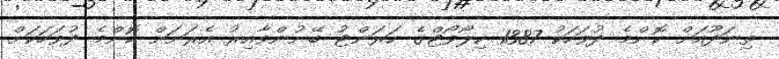
ތިނަދޫއަށް ކޮންމެ ދުވަހަކު 1387 ކިލޯވޯޓްގެ ކަރަންޓު ބޭނުންވާއިރު އެރަށަށް ކޮންމެ ދުވަހަކަށް